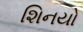
શિનયો